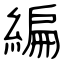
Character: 編